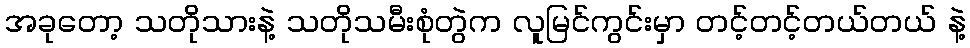
အခုတော့ သတိုသားနဲ့ သတိုသမီးစုံတွဲက လူမြင်ကွင်းမှာ တင့်တင့်တယ်တယ် နဲ့